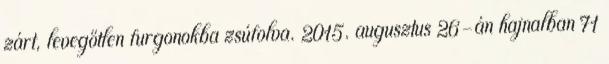
zárt, levegőtlen furgonokba zsúfolva. 2015. augusztus 26-án hajnalban 71